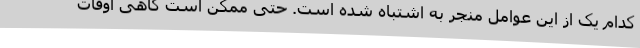
کدام یک از این عوامل منجر به اشتباه شده است. حتی ممکن است گاهی اوقات